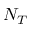
N _ { T }